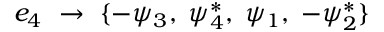
{ e _ { 4 } } ~ \rightarrow ~ \{ - \psi _ { 3 } , \; \psi _ { 4 } ^ { * } , \; \psi _ { 1 } , \; - \psi _ { 2 } ^ { * } \}